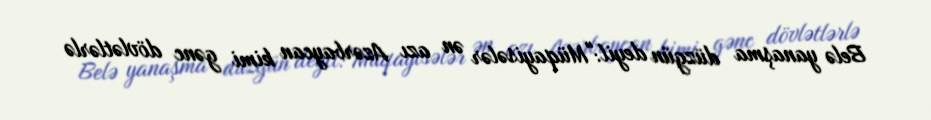
Belə yanaşma düzgün deyil:"Müqayisələr ən azı Azərbaycan kimi gənc dövlətlərlə